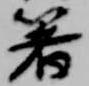
箸